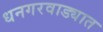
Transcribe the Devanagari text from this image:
धनगरवाड्यात